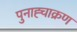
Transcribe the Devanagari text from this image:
पुनाह्चाक्रण